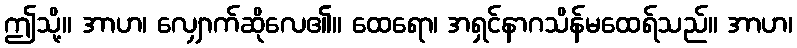
ဤသို့။ အာဟ၊ လျှောက်ဆိုလေ၏။ ထေရော၊ အရှင်နာဂသိန်မထေရ်သည်။ အာဟ၊